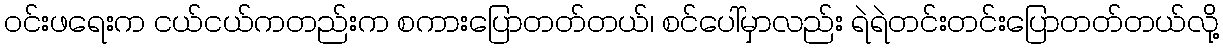
၀င်းဖရေးက ငယ်ငယ်ကတည်းက စကားပြောတတ်တယ်၊ စင်ပေါ်မှာလည်း ရဲရဲတင်းတင်းပြောတတ်တယ်လို့